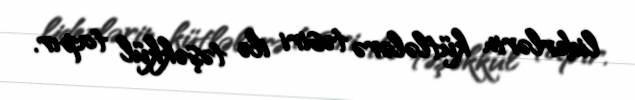
liderlərin kütlələrə təsiri ilə təşəkkül tapır.